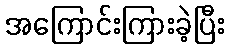
အကြောင်းကြားခဲ့ပြီး